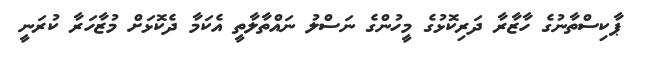
ޕާކިސްތާނުގެ ހާޒާރާ ދަރިކޮޅުގެ މީހުންގެ ނަސްލު ނައްތާލާތީ އެކަމާ ދެކޮޅަށް މުޒާހަރާ ކުރަނީ